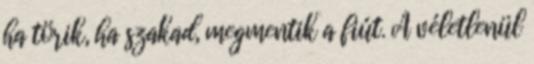
ha törik, ha szakad, megmentik a fiút. A véletlenül